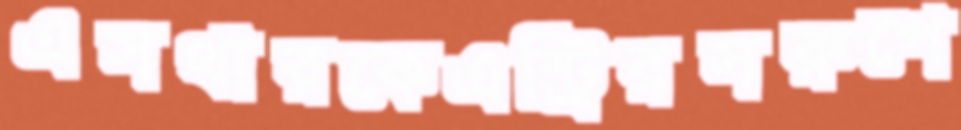
এসথারকেএন্ট্রিরসরুপে